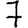
Digit: 7